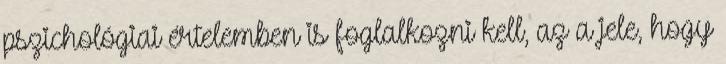
pszichológiai értelemben is foglalkozni kell, az a jele, hogy